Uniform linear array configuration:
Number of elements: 4
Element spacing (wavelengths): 0.75
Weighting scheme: binomial
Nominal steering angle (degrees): -15
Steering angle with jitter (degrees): -13.801
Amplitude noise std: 0.05
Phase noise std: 0.05

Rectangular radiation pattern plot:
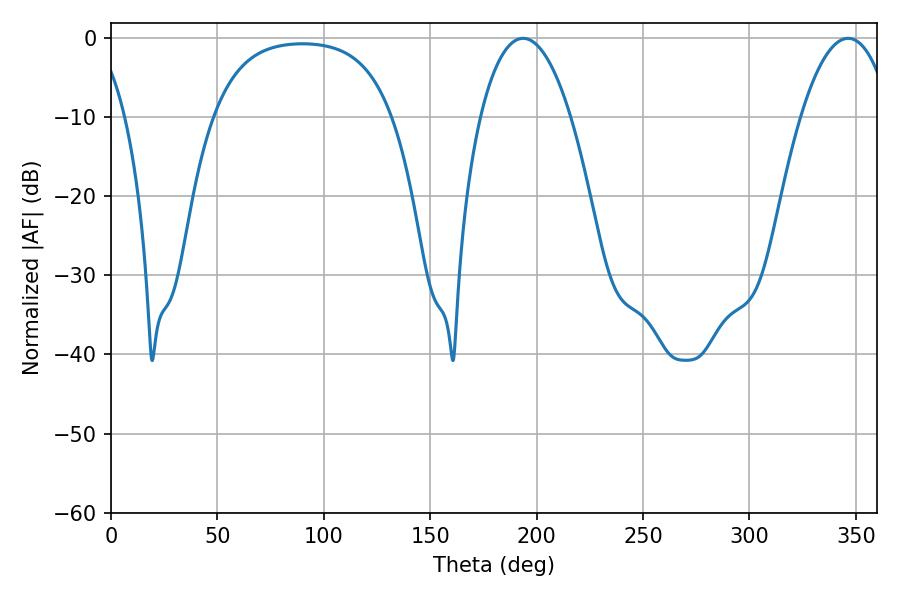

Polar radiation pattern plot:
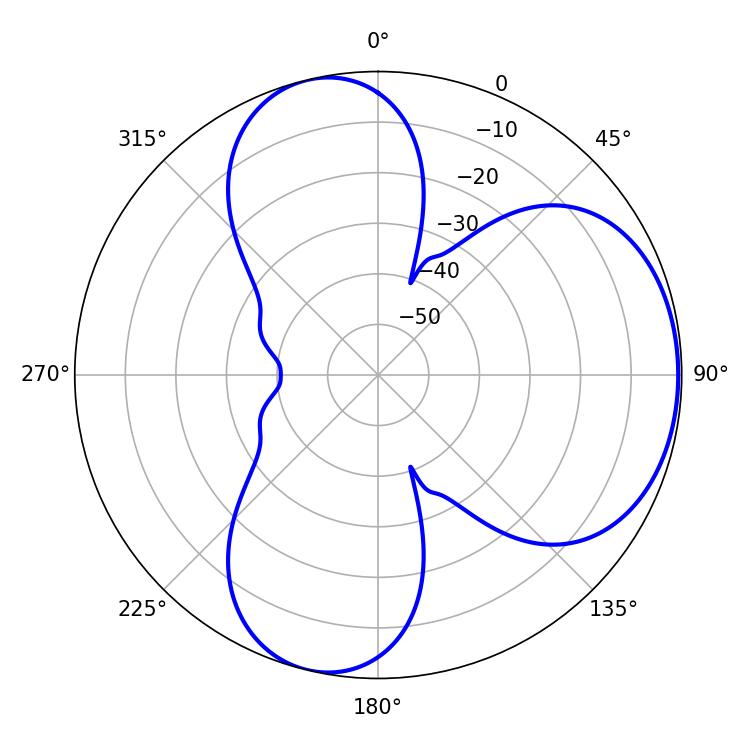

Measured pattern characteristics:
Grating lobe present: TRUE
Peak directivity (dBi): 5.334
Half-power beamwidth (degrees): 23.58
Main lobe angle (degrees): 193.68